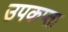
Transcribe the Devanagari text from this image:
उपकप्ता